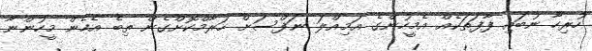
ހުރިހާ ނުބައި ފާފަތަކެއް އެމީހުންގެ އަމިއްލަ ނަފްސަށް ހަރާމްކޮށްގެން ތިބެ އެހެން މީހުންނާ